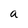
Character: a